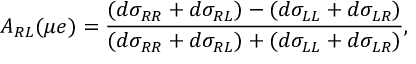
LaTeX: A _ { R L } ( \mu e ) = \frac { ( d \sigma _ { R R } + d \sigma _ { R L } ) - ( d \sigma _ { L L } + d \sigma _ { L R } ) } { ( d \sigma _ { R R } + d \sigma _ { R L } ) + ( d \sigma _ { L L } + d \sigma _ { L R } ) } ,